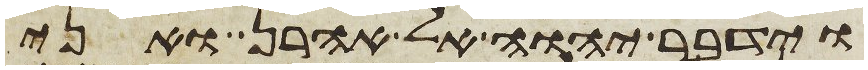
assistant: וידבר יהוה אל אהרן ואני